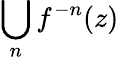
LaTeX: \bigcup_{n}f^{-n}(z)